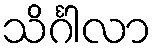
သိင်္ဂါလာ